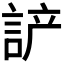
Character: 𰴵